Vaccination report Assam 1896-1927 - 1896-1927
Year: 1896
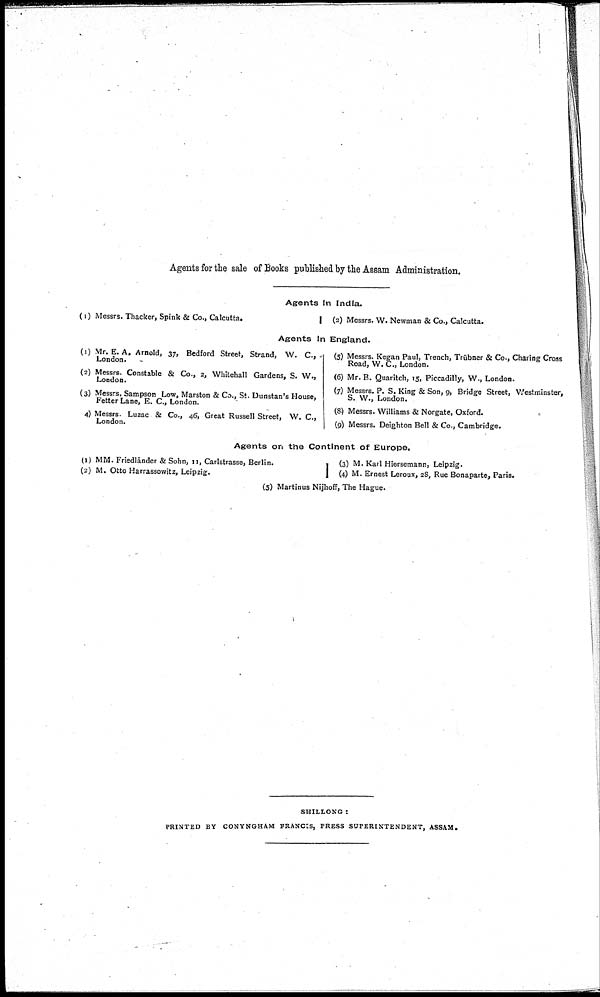
Agents for the sale of Books published by the Assam Administration.
Agents in India.
(1) Messrs. Thacker, Spink & Co., Calcutta.
(2) Messrs. W. Newman & Co., Calcutta.
Agents in England.
(1) Mr. E. A. Arnold, 37, Bedford Street, Strand, W. C.,
London.
(2) Messrs. Constable & Co., 2, Whitehall Gardens, S. W.,
London.
(3) Messrs. Sampson Low, Marston & Co., St. Dunstan's House,
Fetter Lane, E. C, London.
4) Messrs. Luzac & Co., 46, Great Russell Street, W. C,
London.
(5) Messrs. Kegan Paul, Trench, Trübner & Co., Charing Cross
Road, W. C., London.
(6) Mr. B. Quaritch, 15, Piccadilly, W., London.
(7) Messrs. P. S. King & Son, 9, Bridge Street, Westminster,
S. W., London.
(8) Messrs. Williams & Norgate, Oxford.
(9) Messrs. Deighton Bell & Co., Cambridge.
Agents on the Continent of Europe.
(1) MM. Friedländer & Sohn, 11, Carlstrasse, Berlin.
(2) M. Otto Harrassowitz, Leipzig.
(3) M. Karl Hiersemann, Leipzig.
(4) M. Ernest Leroux, 28, Rue Bonaparte, Paris.
(5) Martinus Nijhoff, The Hague.
SHILLONG :
PRINTED BY CONYNGHAM FRANCIS, PRESS SUPERINTENDENT, ASSAM.